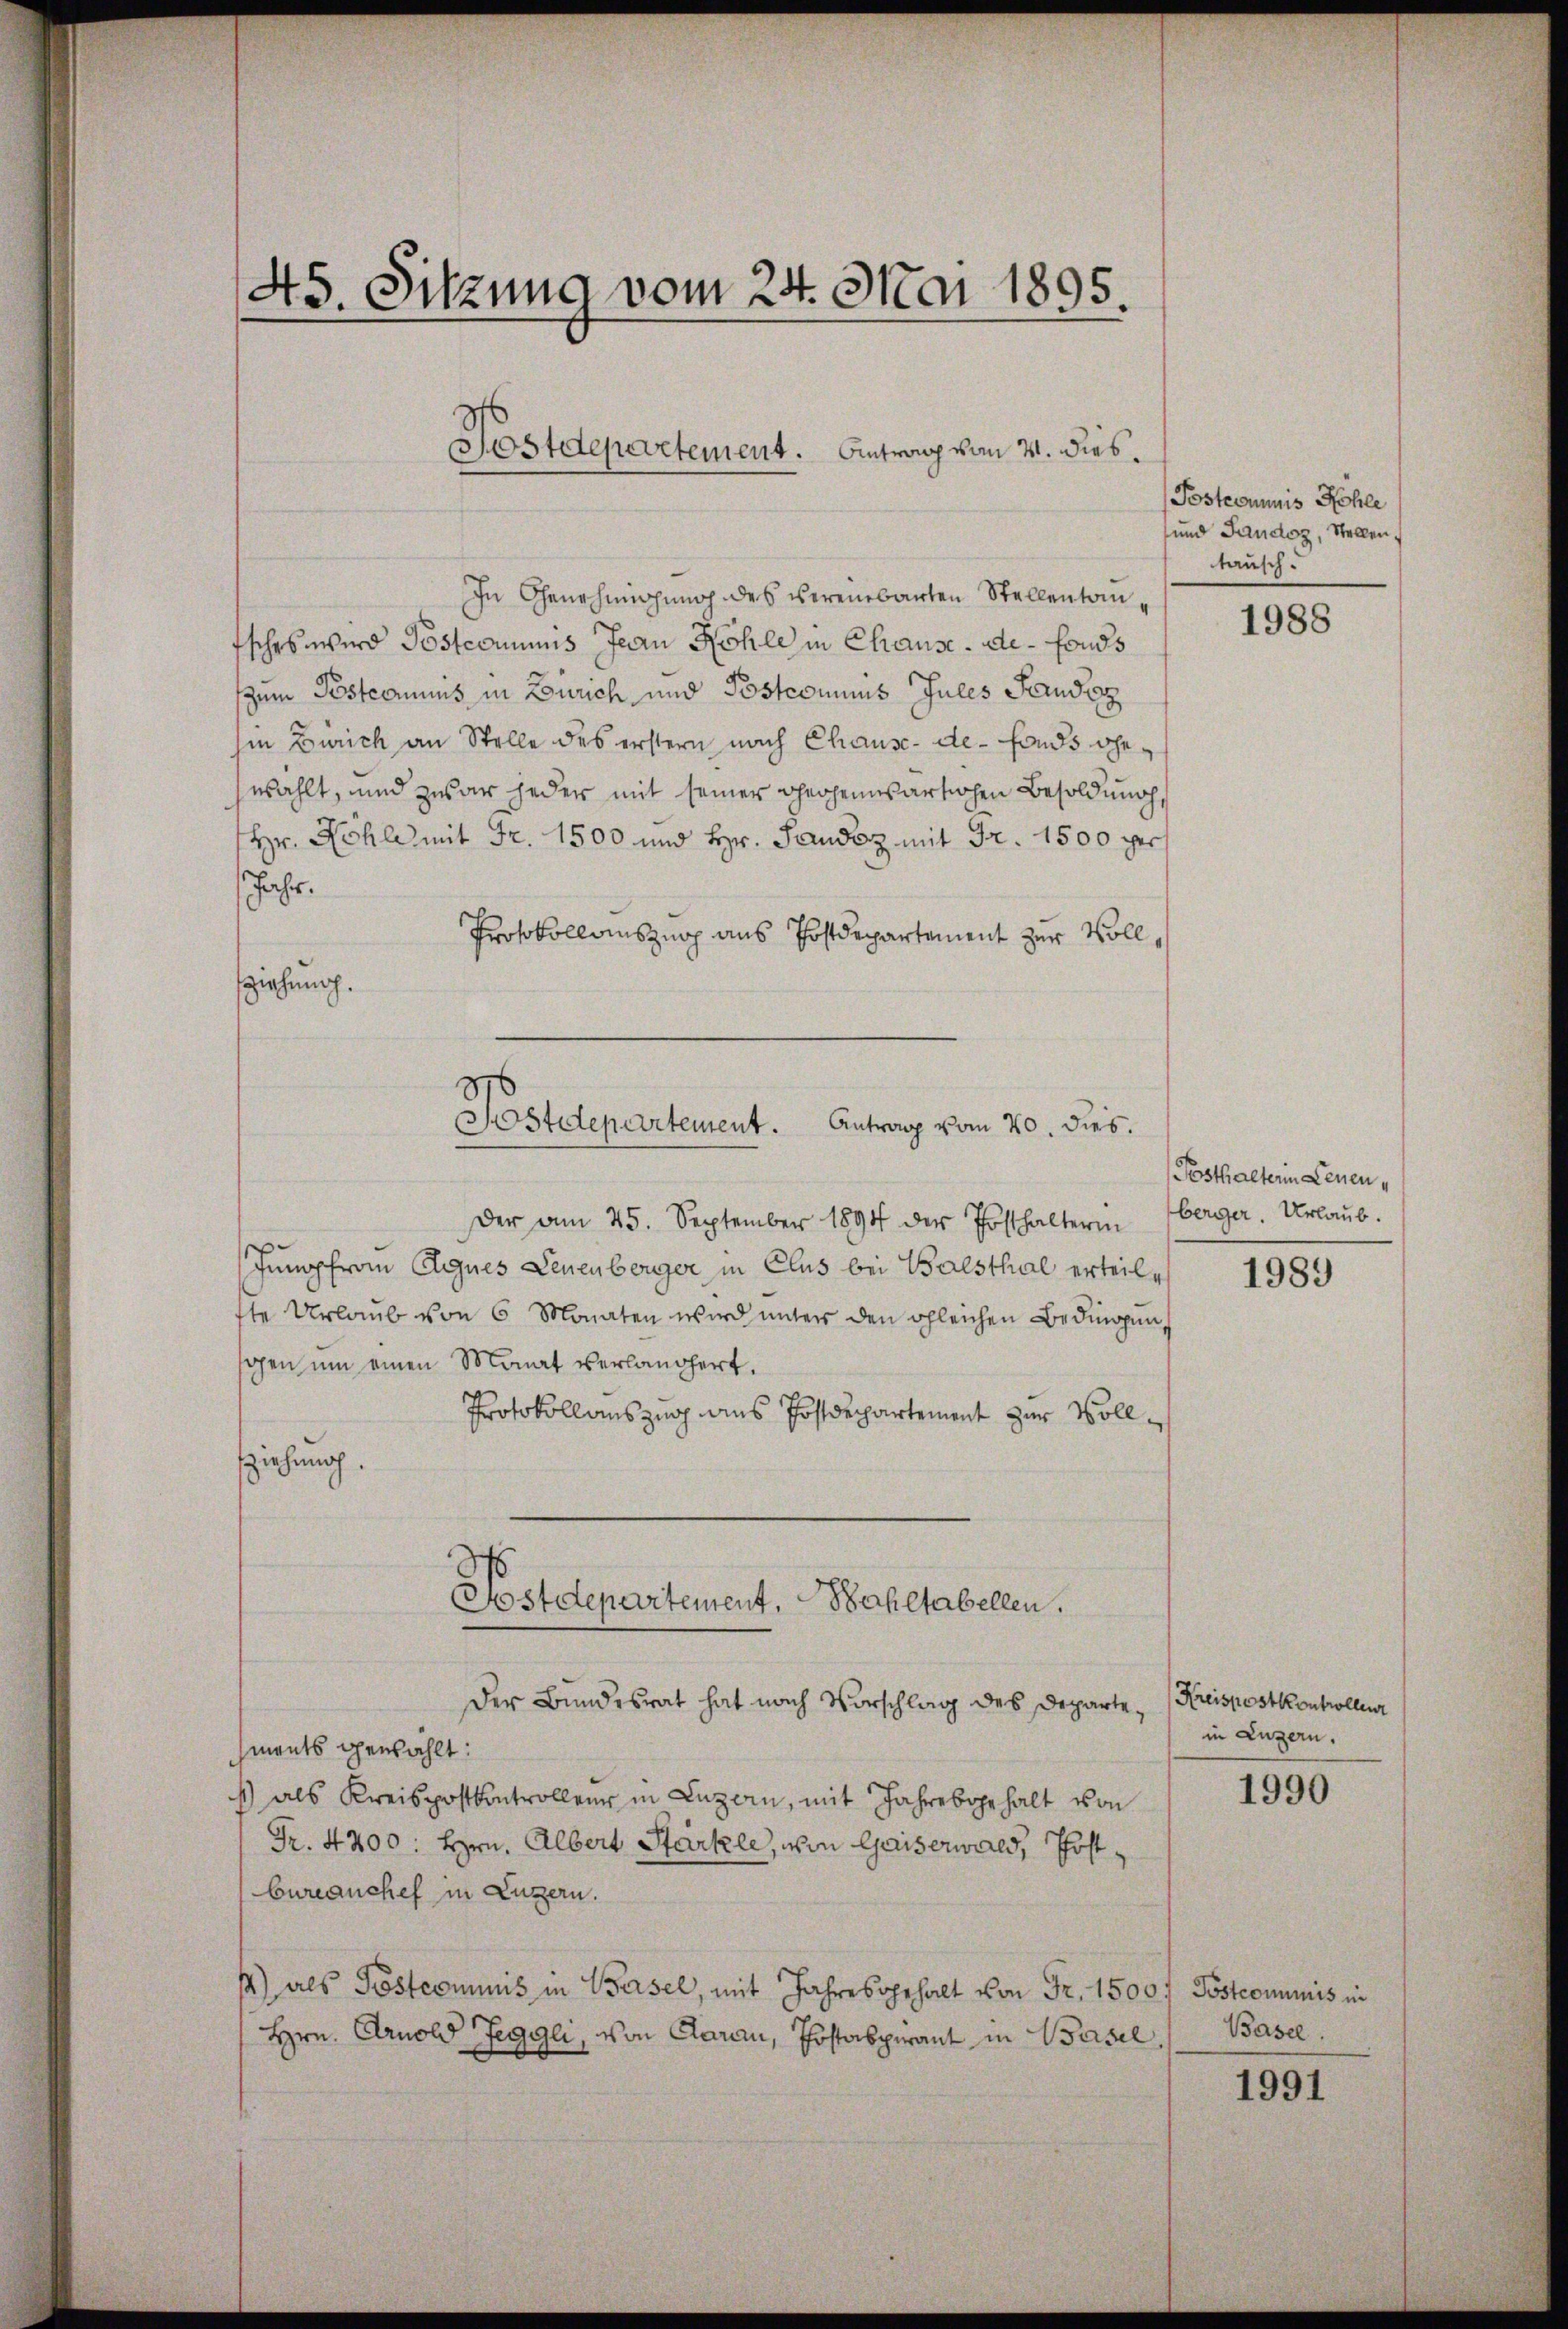
45. Sitzung vom 24. Mai 1895.
s
Postdepartement. Antrag vom 21. dies

In Genehmigung des vereinbarten Stellentan¬
Esches wird Pöstcommis Jean Kohle in Chause-de-Fonds
zum Postcommis in Zürich und Postcommis Jules Sandsz
hin Zürich an Stelle des erstern nach Chause-de-Fonds ehewählt, und zwar jeder mit seiner gegenwärtigen Besoldung,
Hr. Köhle mit Fr. 1500 und Hr. Sandoz mit Fr. 1500 per
Jahr.
Protokollauszug aus Postdepartement zur Vollziehung.

Postdepartement. Antrag vom 20. dies.

Postdepartement, Bahltabellen.

Der am 25. September 1891 der Posthalterin
Jungfrau Agnes Leuenberger in Clus bei Balsthal erteile,
ste Urlaŭb von 6 Monaten wird ŭnters den gleichen Bedingŭng
gen um einen Monat verlängert.
Protokollauszug aus Postdepartement zur Vollfziehung.

Der Bundesrat hat nach Vorschlag des Departemnents gewählt:
1) als Kreispostkontrollen in Luzern, mit Jahrebgehalt von
Fr. 4200. Hrn. Albert Stärkle, von Gaiserwald, Postbureanchef in Luzern.
s) als Postcommis in Basel, mit Jahresverhalt von Fr. 1500f Pöstcommis in
Hrn. Arnold Zeggli, von Aarau, Postaspirant in Basel,

Postecumnis Kohle
und Landoz, Stellen,
tausch.

1988

Posthalterin Leuen
berger. Urlaub.

1989

Kreispostkontrollenz
in Luzern.

1990

Basel.

1991